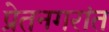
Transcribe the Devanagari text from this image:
प्रेतनगरांत